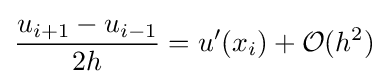
{\frac {u_{i+1}-u_{i-1}}{2h}}=u'(x_{i})+{\mathcal {O}}(h^{2})